Sanitation, dispensaries and jails vaccination Rajputana 1922-1927 - 1922-1927
Year: 1922
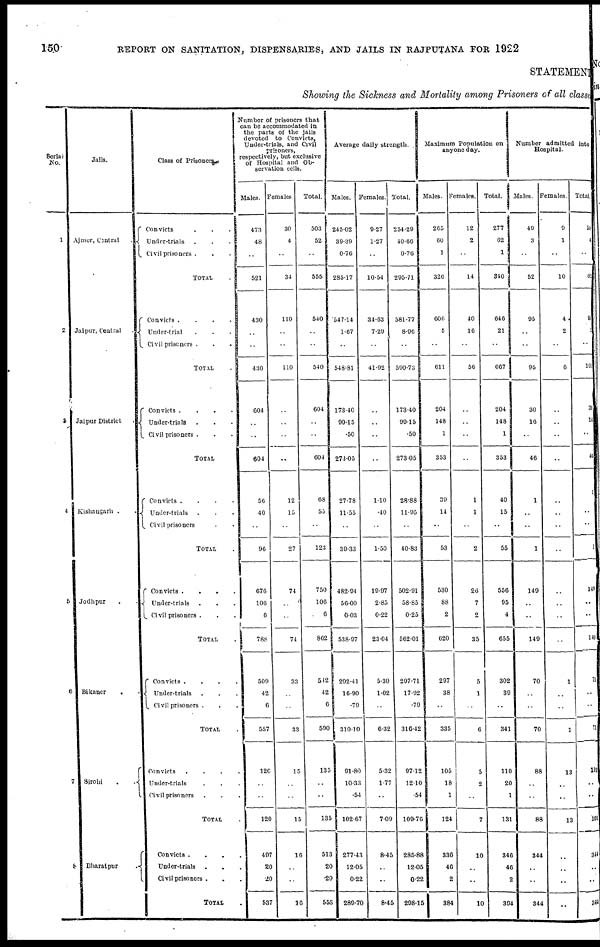
150
REPORT ON SANITATION, DISPENSARIES, AND JAILS IN RAJPUTANA FOR 1922
STATEMENT
Showing the Sickness and Mortality among Prisoners of all classes
Serial
No.
1
2
3
4
5
6
7
8
Jails.
Ajmer, Central .
Jaipur, Central .
Jaipur District
Kishangarh . .
Jodhpur . .
Bikaner . .
Sirohi
.
.
Bharatpur .
Class of Prisoners
Convicts
.
.
.
Under-trials. . .
Civil prisoners . . .
TOTAL .
Convicts .
.
.
.
Under-trial . . .
Civil prisoners . . .
TOTAL .
Convicts .
.
.
.
Under-trials . . .
Civil prisoners . . .
TOTAL
Convicts .
.
.
.
Under-trials . . .
Civil prisoners . .
TOTAL .
Convicts
.
. . .
Under-trials . . .
Civil prisoners . . .
TOTAL .
Convicts .
.
.
.
Under-trials . . .
Civil prisoners . . .
TOTAL .
Convicts
.
.
.
.
Under-trials . . .
Civil prisoners . . .
TOTAL .
Convicts . . . .
Under-trials . . .
Civil prisoners. . .
TOTAL .
Number of prisoners that
can be accommodated in
the parts of the jails
devoted to Convicts,
Under-trials, and Civil
prisoners,
respectively, but exclusive
of Hospital and Ob-
servation cells.
Males.
473
48
..
521
430
..
..
430
604
..
..
604
56
40
..
90
676
106
6
788
509
42
6
557
126
..
..
120
497
20
20
537
Females.
30
4
..
34
110
..
..
110
..
..
..
..
12
15
..
27
74
..
..
74
33
..
..
33
15
..
..
15
16
..
..
16
Total.
503
52
..
555
540
..
..
540
604
..
..
604
68
55
..
123
750
106
6
862
542
42
6
590
135
..
..
135
513
20
20
553
Average daily strength.
Wales.
245.02
39.39
0.76
285.17
547.14
1.67
..
548.81
173.40
99.15
.50
273.05
27.78
11.55
..
39.33
482.94
56.00
0.03
538.97
292.41
16.90
.79
310.10
91.80
10.33
.54
102.67
277.43
12.05
0.22
289.70
Females.
9.27
1.27
..
10.54
34.63
7.29
..
41.92
..
..
..
..
1.10
.40
..
1.50
19.97
2.85
0.22
23.04
5.30
1.02
..
6.32
5.32
1.77
..
7.09
8.45
..
..
8.45
Total.
254.29
40.66
0.76
295.71
581.77
8.06
..
590.73
173.40
99.15
.50
273.05
28.88
11.95
..
40.83
502.91
58.85
0.25
562.01
297.71
17.92
.79
316.42
97.12
12.10
.54
109.76
285.88
12.05
0.22
298.15
Maximum Population on
anyone day.
Males.
265
60
1
326
606
5
..
611
204
148
1
353
39
14
..
53
530
88
2
620
297
38
..
335
105
18
1
124
336
46
2
384
Females.
12
2
..
14
40
16
..
56
..
..
..
..
1
1
..
2
26
7
2
35
5
1
..
6
5
2
..
7
10
..
..
10
Total.
277
62
1
340
646
21
..
667
204
148
1
353
40
15
..
55
556
95
4
655
302
39
..
341
110
20
1
131
346
46
2
394
Number admitted into
Hospital.
Males.
49
3
..
52
95
...
..
95
30
16
..
46
1
..
..
1
149
..
..
149
70
..
..
70
88
..
..
88
344
..
..
344
Females.
9
1
..
10
4
2
..
6
..
..
..
..
..
..
..
..
..
..
..
..
1
..
..
1
13
..
..
13
..
..
..
..
Total.
58
4
..
62
9
..
..
101
31
16
..
46
1
..
..
1
149
..
..
149
71
..
..
71
101
..
..
101
344
..
..
344